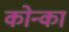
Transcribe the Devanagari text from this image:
कोन्का